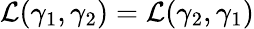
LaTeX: \mathcal{L}(\gamma_{1},\gamma_{2})=\mathcal{L}(\gamma_{2},\gamma_{1})